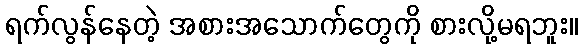
ရက်လွန်နေတဲ့ အစားအသောက်တွေကို စားလို့မရဘူး။